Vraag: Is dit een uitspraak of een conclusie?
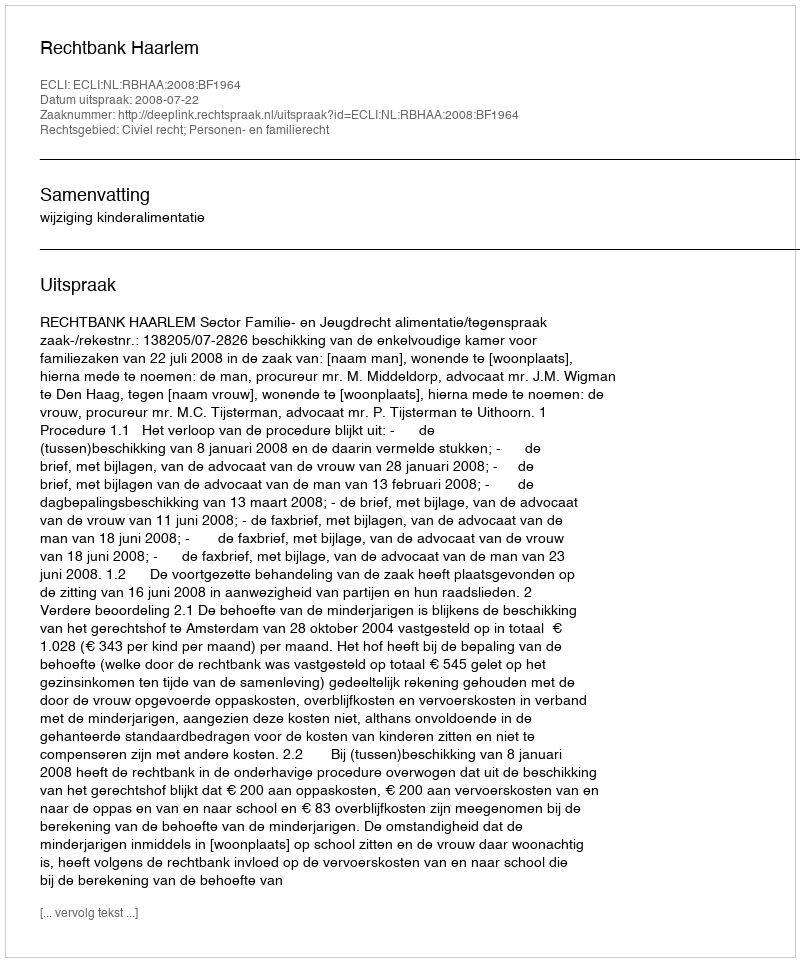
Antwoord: Uitspraak